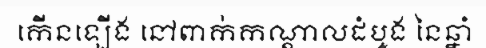
កើនឡើង នៅពាក់កណ្តាលដំបូង នៃឆ្នាំ